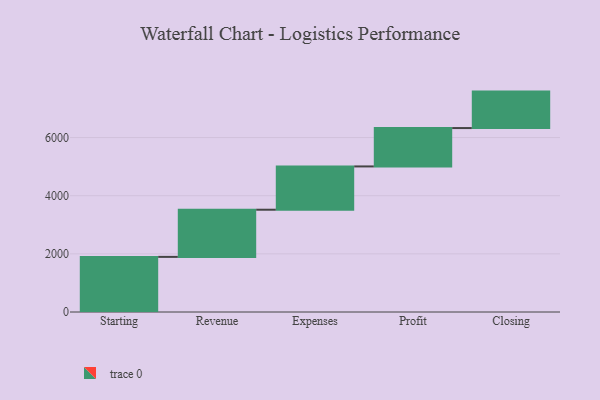
{"axis": {"x": "Step", "y": "Value"}, "legend": [""], "data": [{"x": "Starting", "y": 1896.0, "type": ""}, {"x": "Revenue", "y": 1622.0, "type": ""}, {"x": "Expenses", "y": 1489.0, "type": ""}, {"x": "Profit", "y": 1320.0, "type": ""}, {"x": "Closing", "y": 1254.0, "type": ""}]}